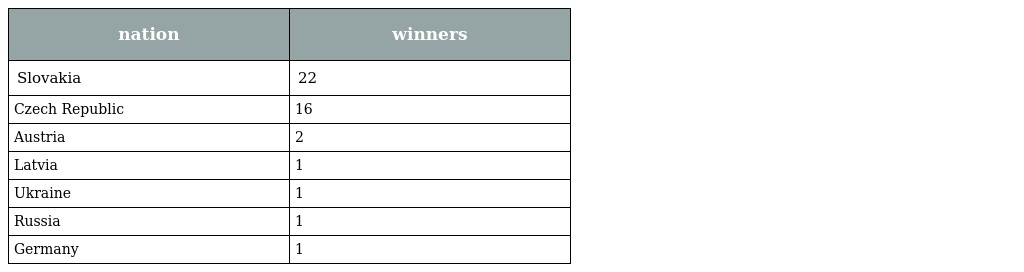
| nation | winners |
 | --- | --- |
 | Slovakia | 22 |
 | Czech Republic | 16 |
 | Austria | 2 |
 | Latvia | 1 |
 | Ukraine | 1 |
 | Russia | 1 |
 | Germany | 1 |